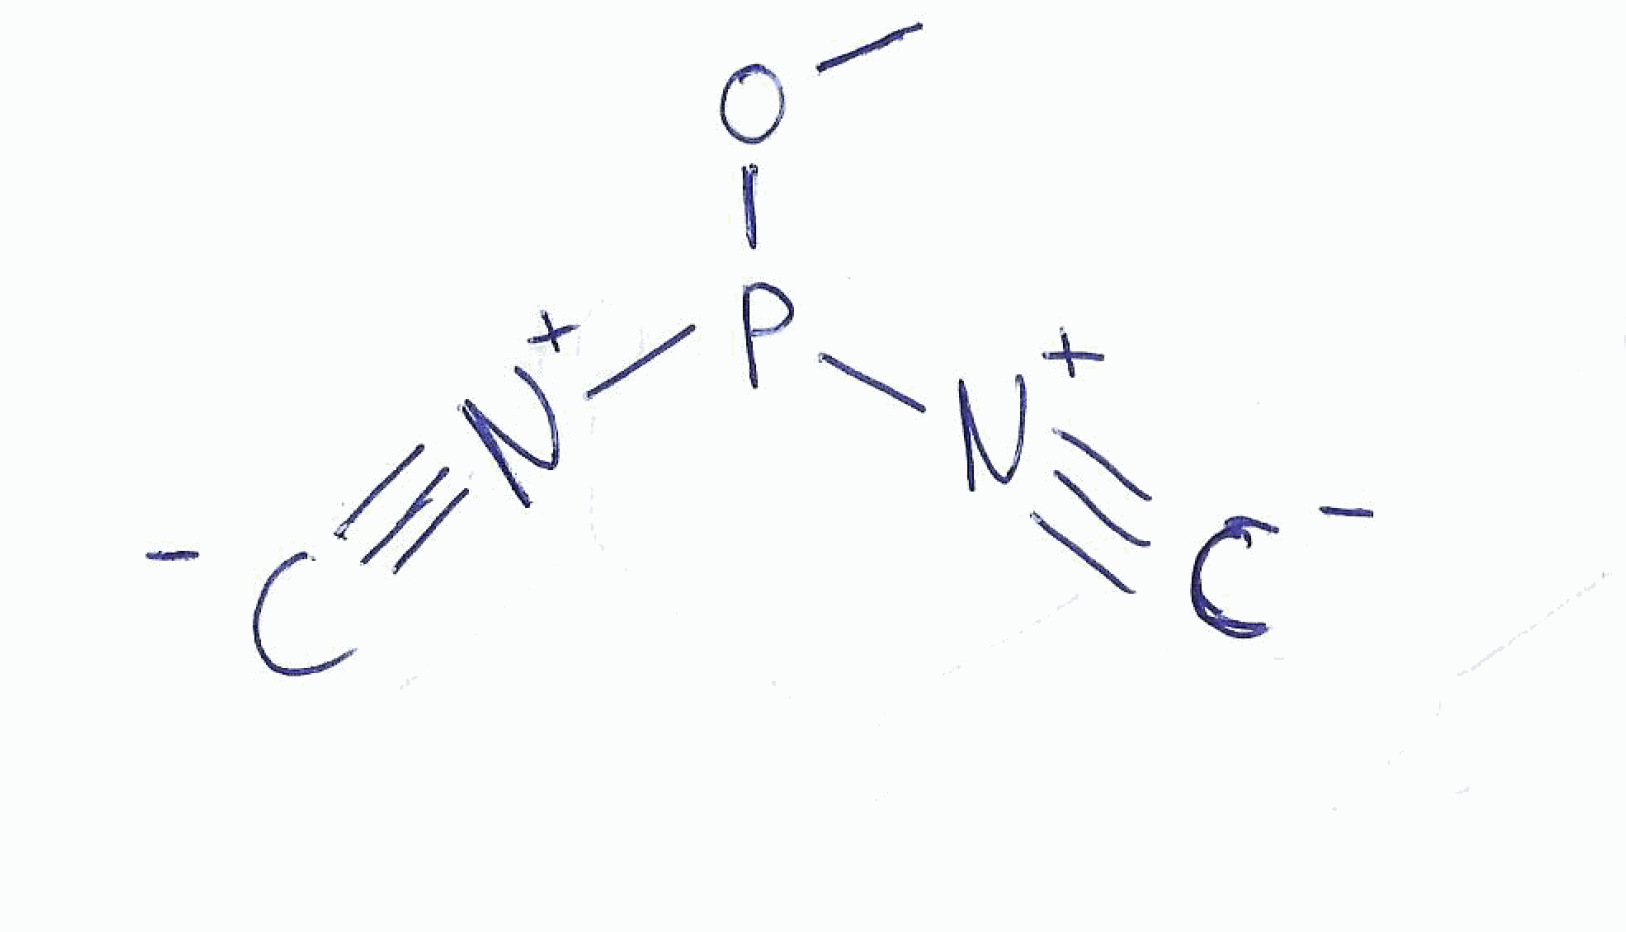
Simplified molecular-input line-entry system (SMILES) notation of the given molecule:
COP([N+]#[C-])[N+]#[C-]